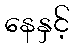
နေနှင့်